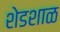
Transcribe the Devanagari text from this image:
शेडशाळ